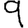
Digit: 9